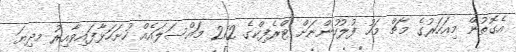
އެގޮތުން މިއަހަރުގެ މާޗް މަހު ފުލުހުންނަށް ޓްރެފިކްގެ 212 މައްސަލައެއް ހުށަހަޅާފައިވާއިރު މދިޔަ